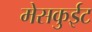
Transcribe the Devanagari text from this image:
मेसकुईट